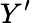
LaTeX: Y^{\prime}